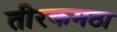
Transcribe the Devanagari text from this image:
तीरकमठा